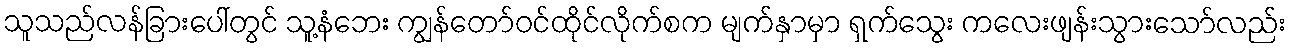
သူသည်လန်ခြားပေါ်တွင် သူ့နံဘေး ကျွန်တော်ဝင်ထိုင်လိုက်စက မျက်နှာမှာ ရှက်သွေး ကလေးဖျန်းသွားသော်လည်း